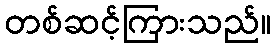
တစ်ဆင့်ကြားသည်။